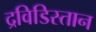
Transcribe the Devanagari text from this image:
द्रविडिस्तान